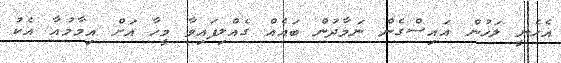
އެހެނީ ލަހުން އައިސްގެން ނަމާދުން ބައެއް ގެއްލިފައިވާ މީހާ އަށް އިމާމުއާ އެކު